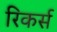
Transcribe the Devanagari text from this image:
रिकर्स